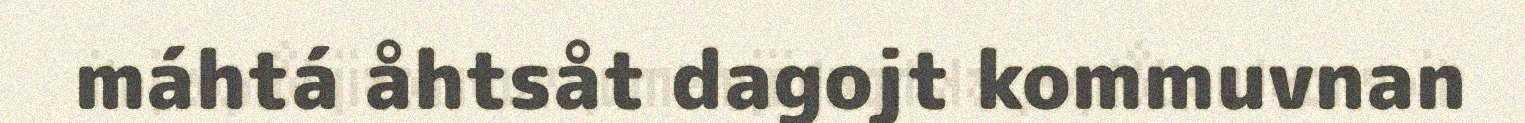
máhtá åhtsåt dagojt kommuvnan